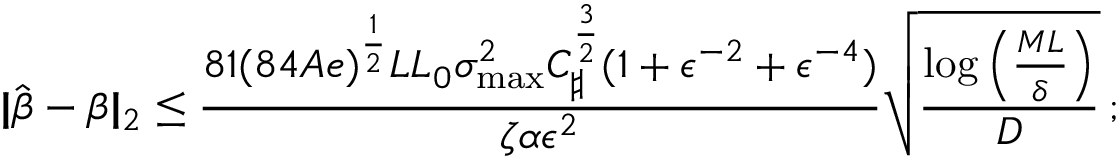
| \! | \hat { \boldsymbol { \beta } } - \boldsymbol { \beta } | \! | _ { 2 } \leq \frac { 8 1 ( 8 4 A e ) ^ { \frac 1 2 } L L _ { 0 } \sigma _ { \operatorname* { m a x } } ^ { 2 } C _ { \sharp } ^ { \frac 3 2 } ( 1 + \epsilon ^ { - 2 } + \epsilon ^ { - 4 } ) } { \zeta \alpha \epsilon ^ { 2 } } \sqrt { \frac { \log \left( \frac { M L } { \delta } \right) } D } \, ;